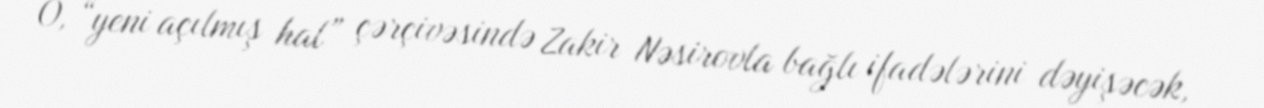
O, “yeni açılmış hal” çərçivəsində Zakir Nəsirovla bağlı ifadələrini dəyişəcək,